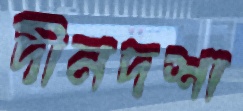
দীনদশা